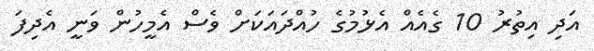
އަދި އިތުރު 10 ގެއެއް އެޅުމުގެ ހުއްދައަކަށް ވެސް އެމީހުން ވަނީ އެދިފަ